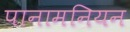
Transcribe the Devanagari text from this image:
पानामनियन